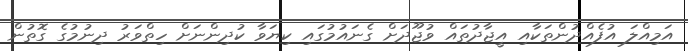
އަމިއްލަ އުފެއްދުންތަކާއި އީޖާދުތައް ވުޖޫދަށް ގެނައުމުގައި ކިޔަވާ ކުދިންނަށް ހިތްވަރު ދިނުމުގެ ގޮތުން